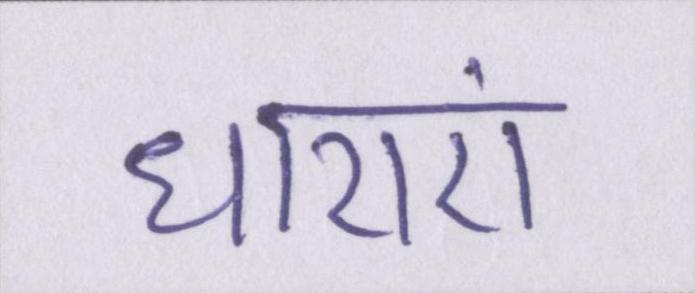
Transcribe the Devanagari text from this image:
धाराएं